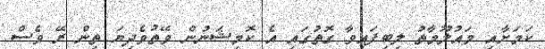
ކަމަށާއި މައުލޫމާތު ލިބިފައިވާ ގޮތުގައި އެ ކޮމިޝަނުން ވޭތުވެދިޔަ ތިން ރޭ ވެސް